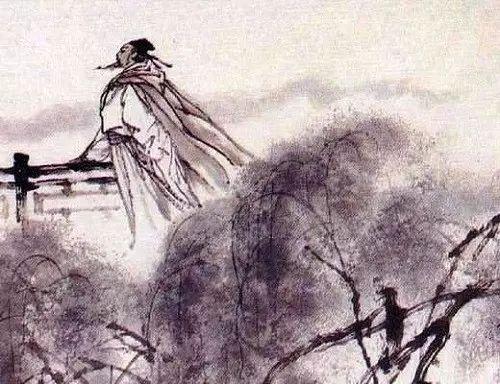
望千门如昼，嬉笑游冶。